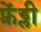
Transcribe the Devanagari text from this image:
फ़्रेंड्ली